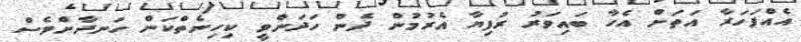
އެއްފަހަރާ އަތަށް އެހާ ބައިވަރު ރުފިޔާ އެރުމުން ދެން ހަދަންވީ ކިހިނެތްކަން ހަނދާންވެސް